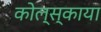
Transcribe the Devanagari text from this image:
कोल्स्काया